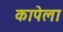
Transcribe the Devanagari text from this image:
कापेला